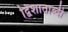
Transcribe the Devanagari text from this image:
द्विशाताब्दी